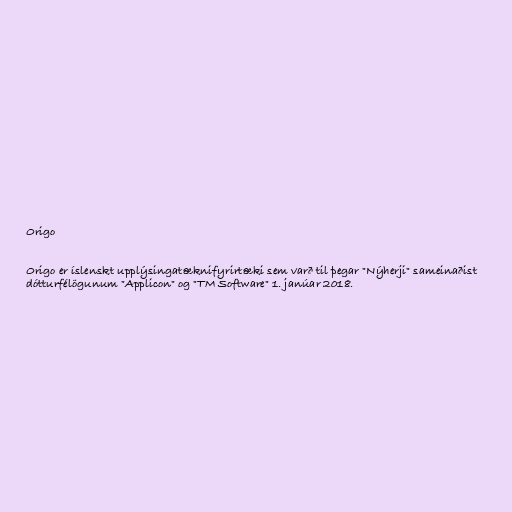
Origo

Origo er íslenskt upplýsingatæknifyrirtæki sem varð til þegar "Nýherji" sameinaðist
dótturfélögunum "Applicon" og "TM Software" 1. janúar 2018.